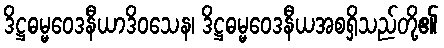
ဒိဋ္ဌဓမ္မဝေဒနီယာဒိဝသေန၊ ဒိဋ္ဌဓမ္မဝေဒနီယအစရှိသည်တို့၏